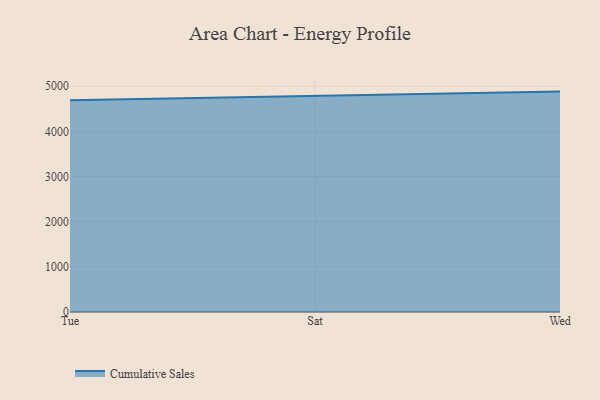
{"axis": {"x": "Day", "y": "Customer Acquisition Cost (USD)"}, "legend": ["Cumulative Sales"], "data": [{"x": "Tue", "y": 4688.4, "type": "Cumulative Sales"}, {"x": "Sat", "y": 4786.7, "type": "Cumulative Sales"}, {"x": "Wed", "y": 4881.3, "type": "Cumulative Sales"}]}